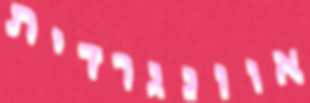
אוונגרדית